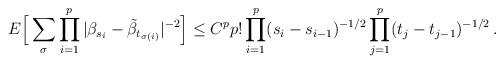
LaTeX: \begin{align*}E\Big[ \sum_{\sigma} \prod_{i=1}^p |\beta_{s_i}-\tilde{\beta}_{t_{\sigma(i)}}|^{-2} \Big] \le C^p p! \prod_{i=1}^p (s_i-s_{i-1})^{-1/2} \prod_{j=1}^p (t_j-t_{j-1})^{-1/2} \,.\end{align*}